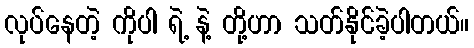
လုပ်နေတဲ့ ကိုပါ ရဲ့ နဲ့ တို့ဟာ သတ်နိုင်ခဲ့ပါတယ်။